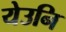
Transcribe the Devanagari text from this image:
येउनि